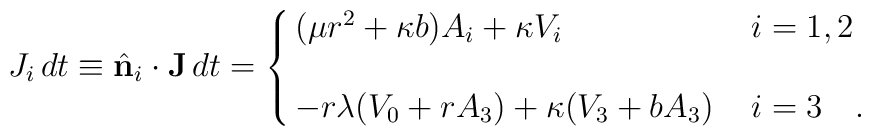
J_i\, dt \equiv \hat {\bf n}_i \cdot {\bf J} \,dt = \cases{ (\mu r^2 +           \kappa b) A_i + \kappa V_i \, & $i = 1, 2$ \cr \cr    - r  \lambda (V_0 + rA_3) + \kappa (V_3 + b A_3) \, & $i = 3 $       \, \,.}